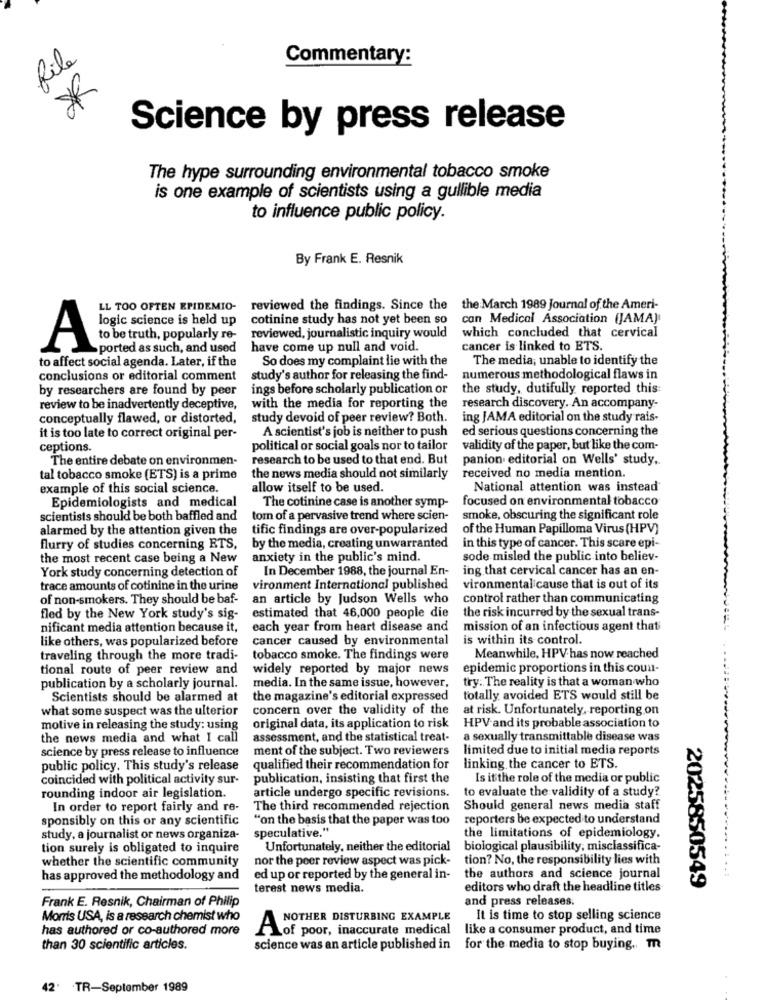
file
Commentary:
Science by press release
The hype surrounding environmental tobacco smoke
is one example of scientists using a gullible media
to influence public policy.
By Frank E. Resnik
LL TOO OFTEN EPIDEMIO-
reviewed the findings. Since the the March 1989 Journal of the Ameri-
cotinine study has not yet been so
can Medical Association (JAMA)
logic science is held up
to be truth, popularly re-
reviewed, journalistic inquiry would
which concluded that cervical
A
ported as such, and used
have come up null and void.
cancer is linked to ETS.
to affect social agenda. Later, if the
So does my complaint lie with the
The media, unable to identify the
conclusions or editorial comment
study's author for releasing the find-
numerous methodological flaws in
by researchers are found by peer
ings before scholarly publication or
the study, dutifully reported this:
review to be inadvertently deceptive,
with the media for reporting the
research discovery. An accompany-
conceptually flawed, or distorted,
study devoid of peer review? Both.
ing JAMA editorial on the study rais-
A scientist's job is neither to push
ed serious questions concerning the
it is too late to correct original per-
ceptions.
political or social goals nor to tailor
validity of the paper, but like the com-
The entire debate on environmen-
research to be used to that end. But
panion editorial on Wells' study.
tal tobacco smoke (ETS) is a prime
the news media should not similarly
received no media mention.
example of this social science.
allow itself to be used.
National attention was instead
focused on environmental tobacco
Epidemiologists and medical
The cotinine case is another symp-
scientists should be both baffled and
torn of a pervasive trend where scien-
smoke, obscuring the significant role
alarmed by the attention given the
tific findings are over-popularized
of the Human Papilloma Virus (HPV)
flurry of studies concerning ETS,
by the media, creating unwarranted
in this type of cancer. This scare epi-
the most recent case being a New
anxiety in the public's mind.
sode misled the public into believ-
York study concerning detection of
In December 1988, the journal En-
ing that cervical cancer has an en-
trace amounts of cotinine in the urine
vironment International published
vironmental cause that is out of its
of non-smokers. They should be baf-
an article by Judson Wells who
control rather than communicating
fled by the New York study's sig-
estimated that 46,000 people die
the risk incurred by the sexual trans-
nificant media attention because it,
each year from heart disease and
mission of an infectious agent thati
like others, was popularized before
cancer caused by environmental
is within its control.
traveling through the more tradi-
tobacco smoke. The findings were
Meanwhile, HPV has now reached
tional route of peer review and
widely reported by major news
epidemic proportions in this coun-
try. The reality is that a woman who
publication by a scholarly journal.
media. In the same issue, however,
Scientists should be alarmed at
the magazine's editorial expressed
totally avoided ETS would still be
what some suspect was the ulterior
concern over the validity of the
at risk. Unfortunately, reporting on
motive in releasing the study: using
original data, its application to risk
HPV and its probable association to
the news media and what I call
assessment, and the statistical treat-
a sexually transmittable disease was
science by press release to influence
ment of the subject. Two reviewers
limited due to initial media reports
public policy. This study's release
qualified their recommendation for
linking the cancer to ETS.
coincided with political activity sur-
publication, insisting that first the
Is it the role of the media or public
rounding indoor air legislation.
article undergo specific revisions.
to evaluate the validity of a study?
In order to report fairly and re-
The third recommended rejection
Should general news media staff
sponsibly on this or any scientific
"on the basis that the paper was too
reporters be expected to understand
speculative."
the limitations of epidemiology.
study, a journalist or news organiza-
tion surely is obligated to inquire
Unfortunately, neither the editorial biological plausibility, misclassifica-
whether the scientific community
nor the peer review aspect was pick-
tion? No, the responsibility lies with
has approved the methodology and
ed up or reported by the general in-
the authors and science journal
2025850549
terest news media.
editors who draft the headline titles
Frank E. Resnik, Chairman of Philip
and press releases.
Morris USA, is a research chemist who
NOTHER DISTURBING EXAMPLE
It is time to stop selling science
has authored or co-authored more
Lof poor, inaccurate medical
like a consumer product, and time
than 30 scientific articles.
science was an article published in for the media to stop buying, m
42. TR-September 1989